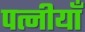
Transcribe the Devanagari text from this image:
पत्नीयाँ